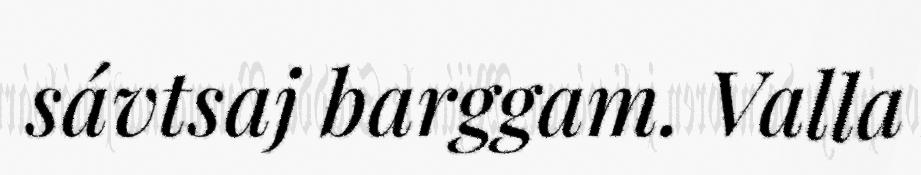
sávtsaj barggam. Valla